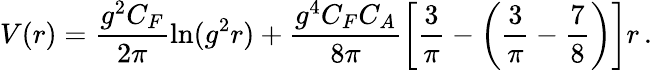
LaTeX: V(r)=\frac{g^{2}C_{F}}{2\pi}\ln(g^{2}r)+\frac{g^{4}C_{F}C_{A}}{8\pi}\left[{\frac{3}{\pi}}-\left({\frac{3}{\pi}}-{\frac{7}{8}}\right)\right]r\, .